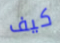
كيف